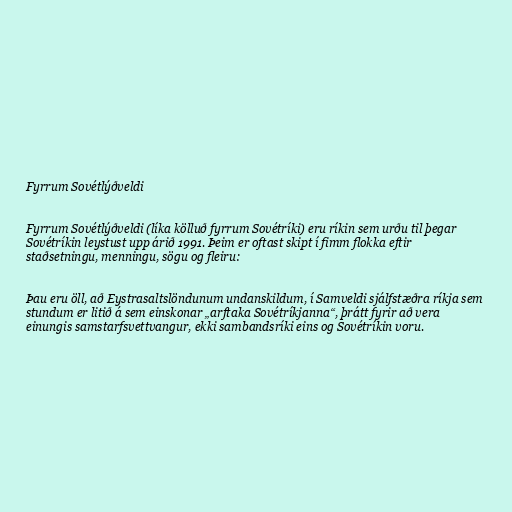
Fyrrum Sovétlýðveldi

Fyrrum Sovétlýðveldi (líka kölluð fyrrum Sovétríki) eru ríkin sem urðu til þegar
Sovétríkin leystust upp árið 1991. Þeim er oftast skipt í fimm flokka eftir
staðsetningu, menningu, sögu og fleiru:

Þau eru öll, að Eystrasaltslöndunum undanskildum, í Samveldi sjálfstæðra ríkja sem
stundum er litið á sem einskonar „arftaka Sovétríkjanna“, þrátt fyrir að vera
einungis samstarfsvettvangur, ekki sambandsríki eins og Sovétríkin voru.